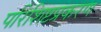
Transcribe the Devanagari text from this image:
परिशिष्टप्रकरण